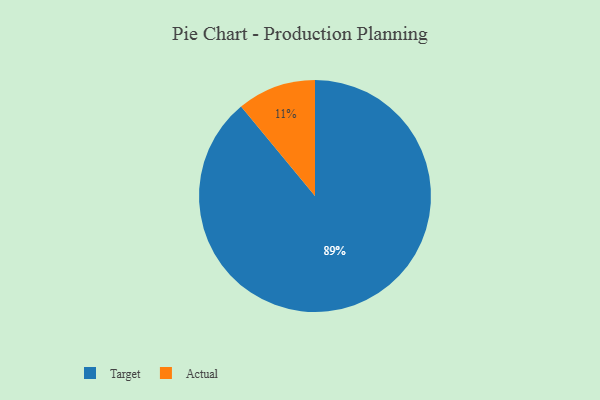
{"axis": {"x": "Category", "y": "Percentage"}, "legend": ["Actual", "Target"], "data": [{"x": "Target", "y": 89, "type": "Target"}, {"x": "Actual", "y": 11, "type": "Actual"}]}